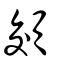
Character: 頝